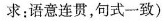
求：语意连贯，句式一致)